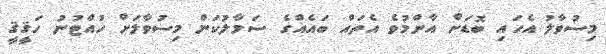
މިސުވާލު އެހައި ބޮޑަށް އާންމުވެ އެތައް ބައެއްގެ ސަމާލުކަން މިސުވާލަށް ހުއްޓުނު ހަޤީޤީ